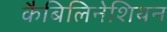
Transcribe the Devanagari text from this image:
कैबिलिनेशियन